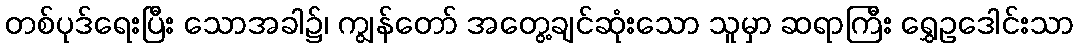
တစ်ပုဒ်ရေးပြီး သောအခါ၌၊ ကျွန်တော် အတွေ့ချင်ဆုံးသော သူမှာ ဆရာကြီး ရွှေဥဒေါင်းသာ